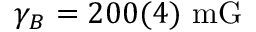
\gamma _ { B } = 2 0 0 ( 4 ) ~ \mathrm { m G }